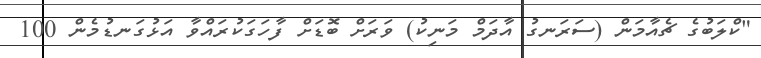
"ކްލަބުގެ ޗެއާމަން (ސަރަނގު އާދަމް މަނިކު) ވަރަށް ބޮޑަށް ފާހަގަކުރައްވާ އަޅުގަނޑުމެން 100